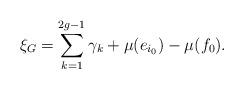
LaTeX: \begin{align*}\xi_G=\sum_{k=1}^{2g-1} \gamma_k+\mu(e_{i_0})-\mu(f_0).\end{align*}